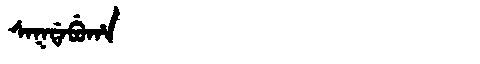
Manchu: ᠰᠠᡴᡩᠠᠪᡠᡥᠠ
Romanization: SAKDABUHA